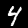
Label: 4